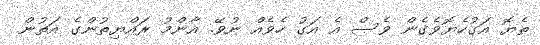
ތެޔޮ އަގުހެޔޮވެގެން ވެސް އެ އަގު ހެވެއް ނުވޭ. އާންމު ރައްޔިތުންގެ އަތުން